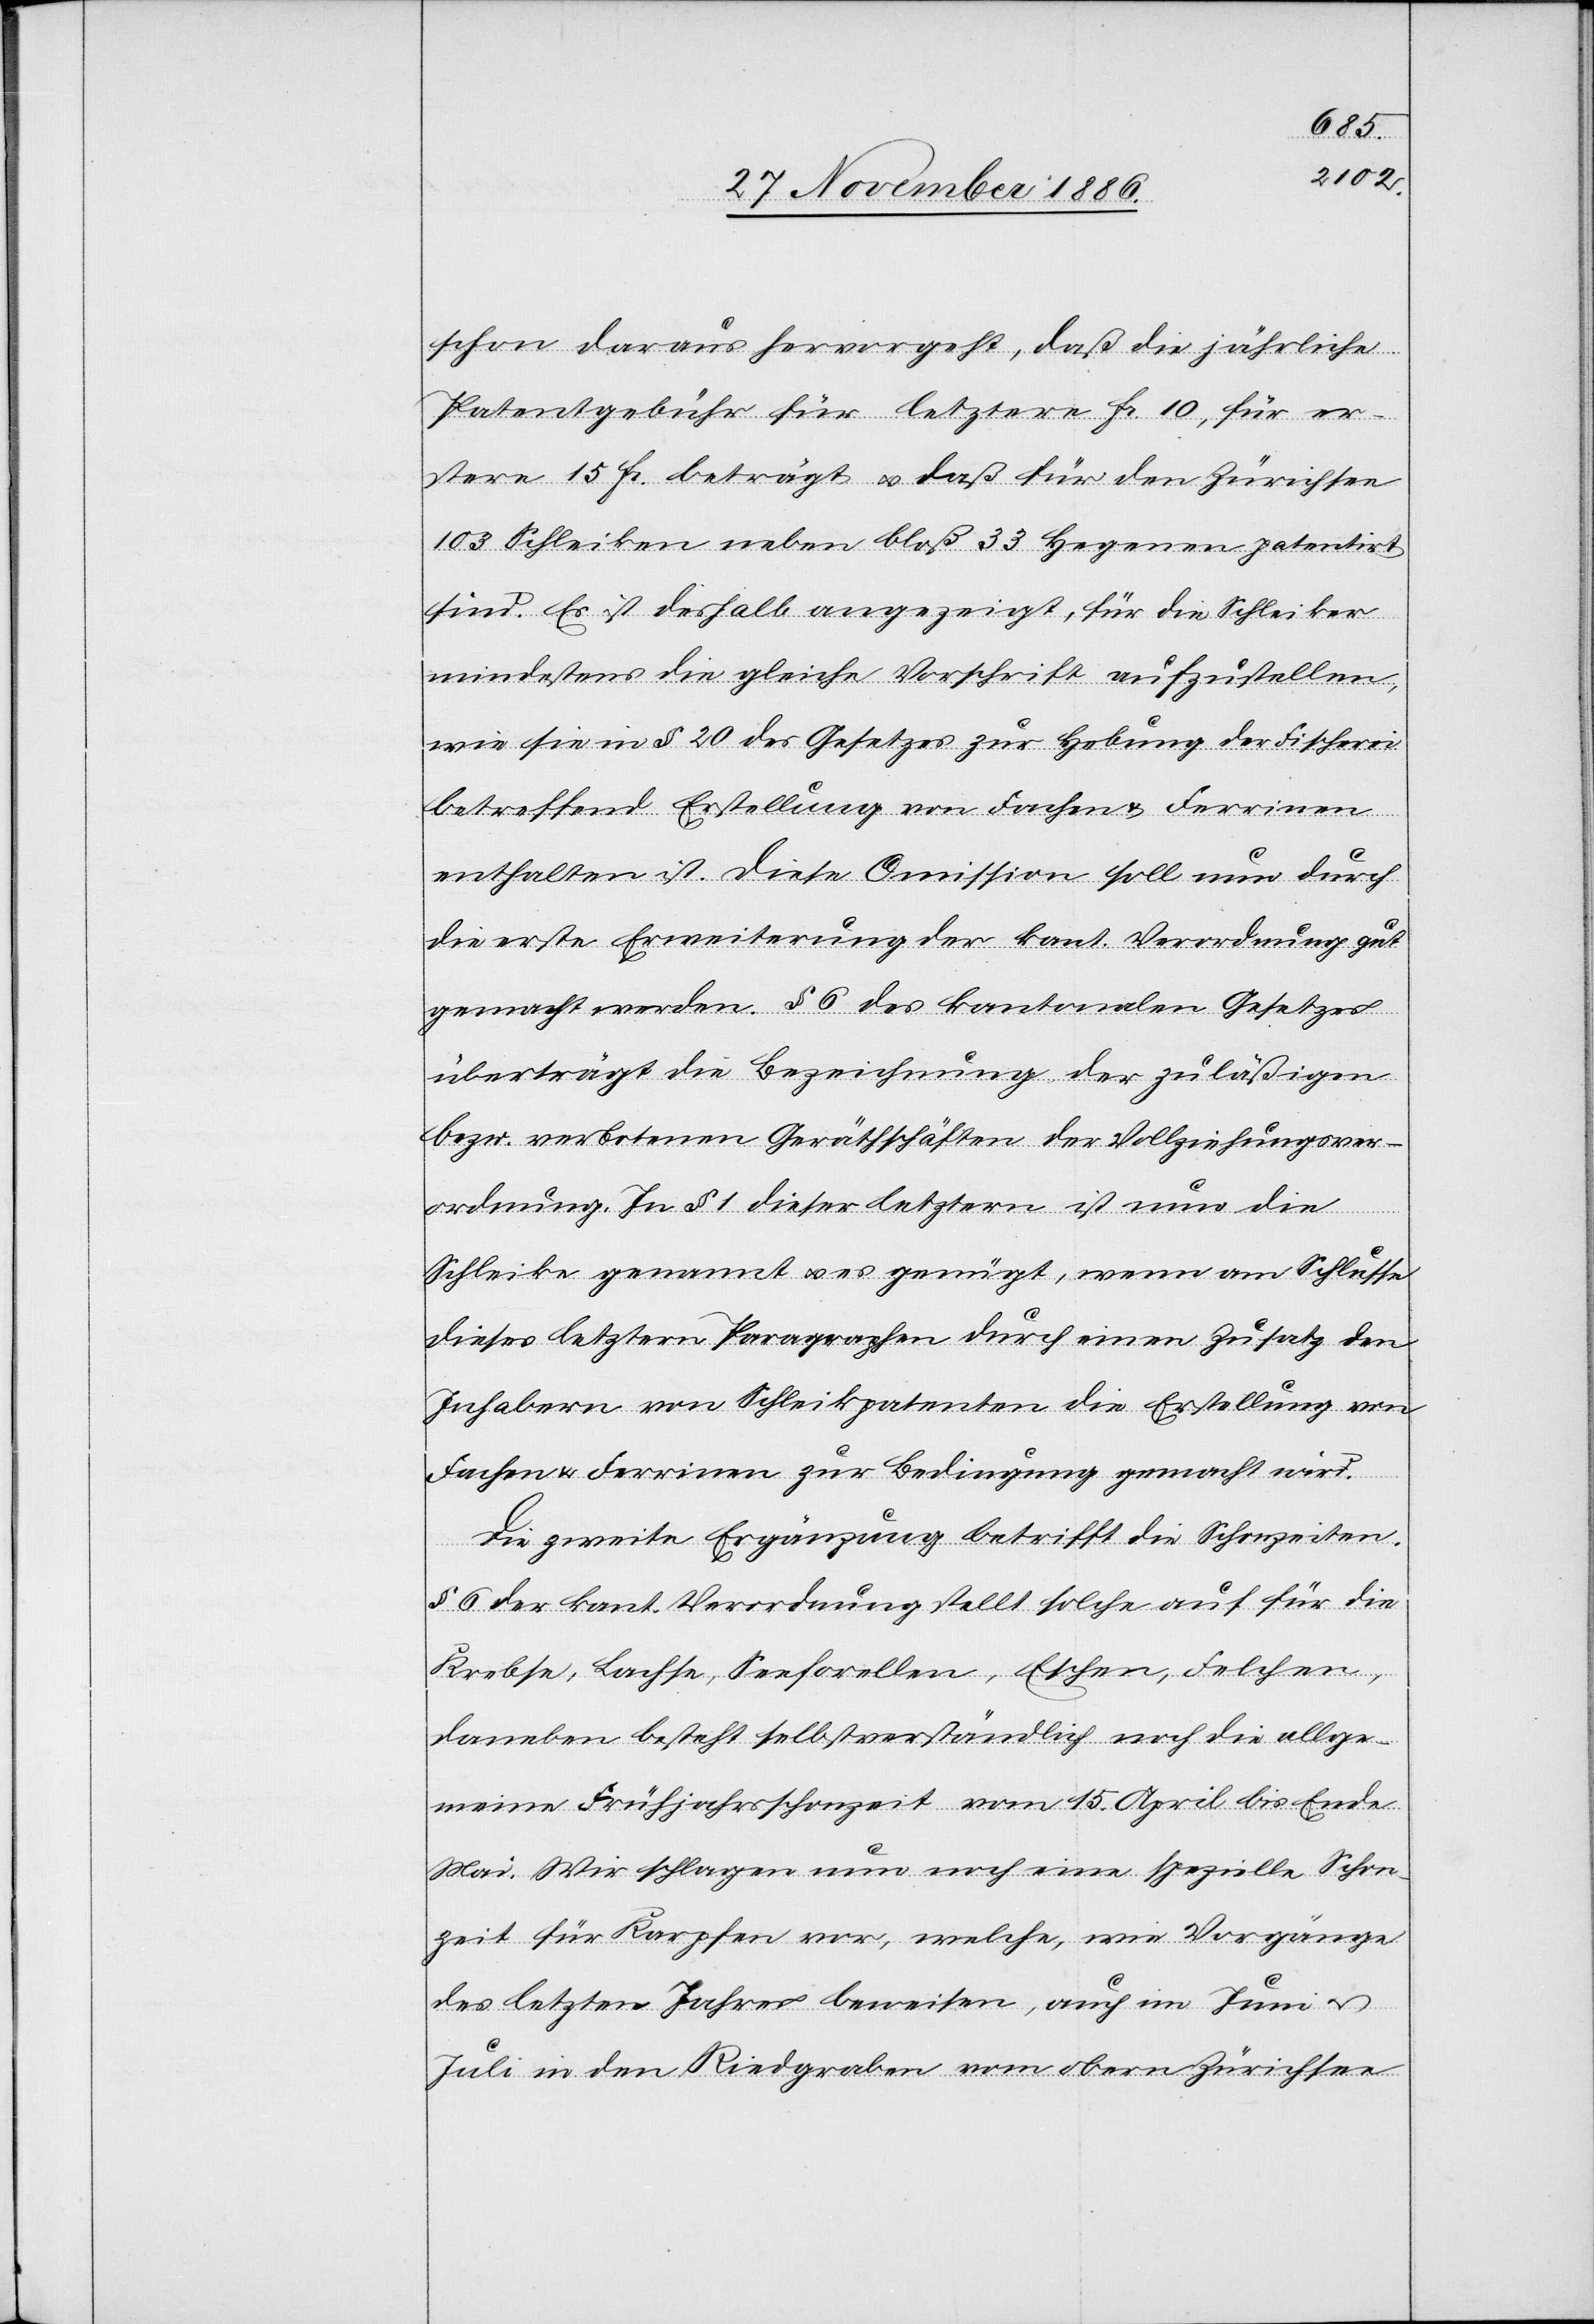
schon daraus hervorgeht, daß die jährliche
Patentgebühr für letztere Fr. 10, für er¬
stere 15 Fr. beträgt & daß für den Zürichsee
103 Schleiken neben bloß 33 Hegenen patentirt
sind. Es ist deshalb angezeigt, für die Schleiker
mindestens die gleiche Vorschrift aufzustellen,
wie sie in § 20 des Gesetzes zur Hebung der Fischerei
betreffend Erstellung von Fachen & Ferrinen
enthalten ist. Diese Omission soll nun durch
die erste Erweiterung der kant. Verordnung gut
gemacht werden. § 6 des kantonalen Gesetzes
überträgt die Bezeichnung der zuläßigen
bezw. verbotenen Geräthschäften [sic!] der Vollziehungsver¬
ordnung. In § 1 dieser letztern ist nun die
Schleike genannt & es genügt, wenn am Schlusse
dieses letztern Paragraphen durch einen Zusatz den
Inhabern von Schleikpatenten die Erstellung von
Fachen & Ferrinen zur Bedingung gemacht wird.
Die zweite Ergänzung betrifft die Schonzeiten.
§ 6 der kant. Verordnung stellt solche auf für die
Krebse, Lachse, Seeforellen, Eschen, Felchen,
daneben besteht selbstverständlich noch die allge¬
meine Frühjahrsschonzeit vom 15. April bis Ende
Mai. Wir schlagen nun noch eine spezielle Schon¬
zeit für Karpfen vor, welche, wie Vorgänge
des letzten Jahres beweisen, auch im Juni &
Juli in den Riedgraben vom obern Zürichsee